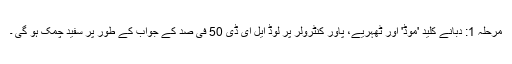
مرحلہ 1: دبانے کلید 'موڈ' اور ٹھہریے، پاور کنٹرولر پر لوڈ ایل ای ڈی 50 فی صد کے جواب کے طور پر سفید چمک ہو گی ۔